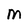
Character: M